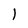
Character: l